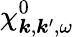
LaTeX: \chi_{\boldsymbol{k},\boldsymbol{k}^{\prime},\omega}^{0}